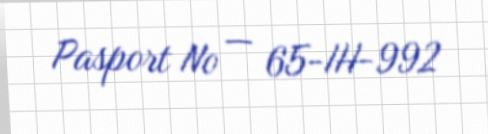
Pasport № — 65-IH-992